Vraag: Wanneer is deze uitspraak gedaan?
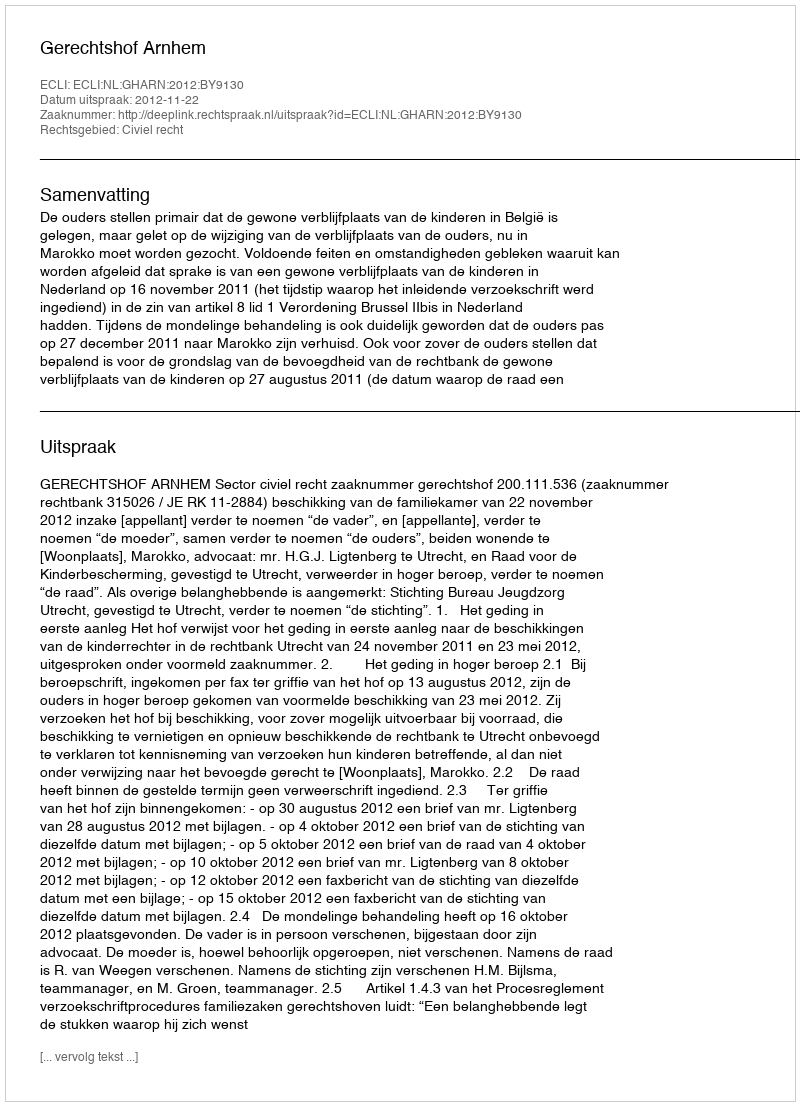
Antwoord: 2012-11-22